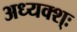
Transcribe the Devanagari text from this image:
अध्यक्श्ः